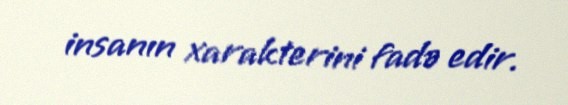
insanın xarakterini fadə edir.